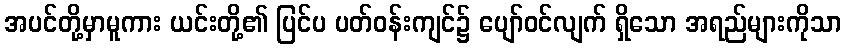
အပင်တို့မှာမူကား ယင်းတို့၏ ပြင်ပ ပတ်ဝန်းကျင်၌ ပျော်ဝင်လျက် ရှိသော အရည်များကိုသာ